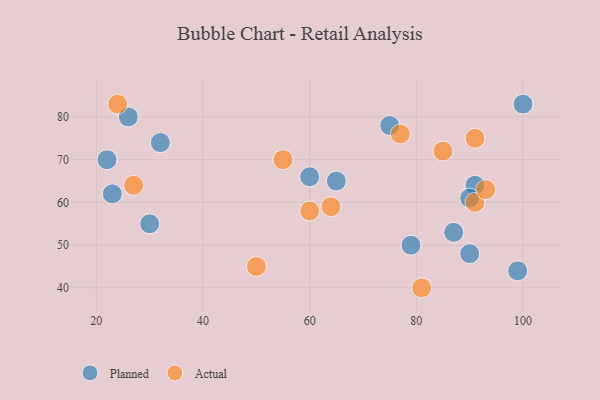
{"axis": {"x": "GDP", "y": "Life Expectancy"}, "legend": ["Actual", "Planned"], "data": [{"x": "30", "y": 55, "type": "Planned"}, {"x": "23", "y": 62, "type": "Planned"}, {"x": "100", "y": 83, "type": "Planned"}, {"x": "22", "y": 70, "type": "Planned"}, {"x": "91", "y": 64, "type": "Planned"}, {"x": "90", "y": 48, "type": "Planned"}, {"x": "90", "y": 61, "type": "Planned"}, {"x": "65", "y": 65, "type": "Planned"}, {"x": "87", "y": 53, "type": "Planned"}, {"x": "79", "y": 50, "type": "Planned"}, {"x": "60", "y": 66, "type": "Planned"}, {"x": "26", "y": 80, "type": "Planned"}, {"x": "75", "y": 78, "type": "Planned"}, {"x": "99", "y": 44, "type": "Planned"}, {"x": "32", "y": 74, "type": "Planned"}, {"x": "85", "y": 72, "type": "Actual"}, {"x": "91", "y": 60, "type": "Actual"}, {"x": "91", "y": 75, "type": "Actual"}, {"x": "50", "y": 45, "type": "Actual"}, {"x": "77", "y": 76, "type": "Actual"}, {"x": "27", "y": 64, "type": "Actual"}, {"x": "81", "y": 40, "type": "Actual"}, {"x": "24", "y": 83, "type": "Actual"}, {"x": "60", "y": 58, "type": "Actual"}, {"x": "93", "y": 63, "type": "Actual"}, {"x": "64", "y": 59, "type": "Actual"}, {"x": "55", "y": 70, "type": "Actual"}]}